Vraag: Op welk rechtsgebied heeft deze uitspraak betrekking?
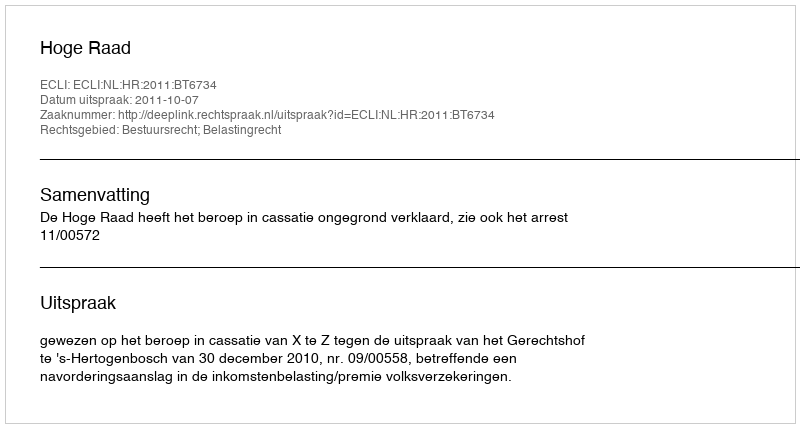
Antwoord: Bestuursrecht; Belastingrecht